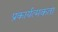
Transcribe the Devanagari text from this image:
प्रकार्यत्मकता